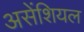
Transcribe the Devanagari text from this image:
असेंशियल